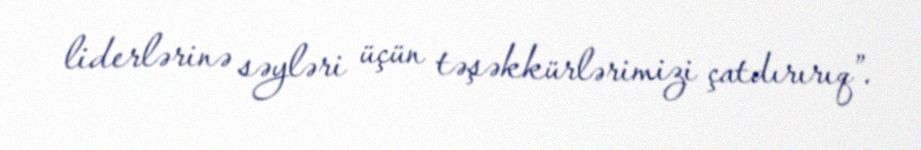
liderlərinə səyləri üçün təşəkkürlərimizi çatdırırıq”.